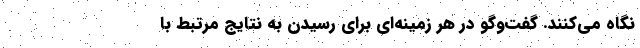
نگاه مي‌كنند. گفت‌وگو در هر زمينه‌اي براي رسيدن به نتايج مرتبط با